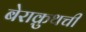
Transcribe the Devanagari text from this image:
बेराक्रुथची